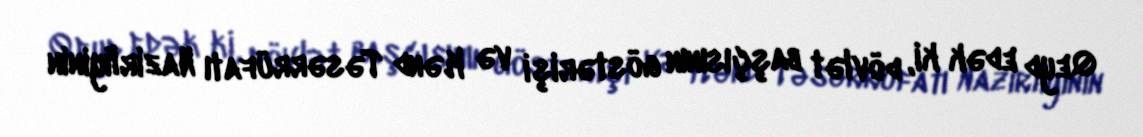
Qeyd edək ki, dövlət başçısının göstərişi və Kənd Təsərrüfatı Nazirliyinin